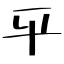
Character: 平